system: You are a helpful assistant.
user:
Analyze the provided spectrum to determine if it is a **White Dwarf (WD)**.

A White Dwarf spectrum is defined by its **extreme purity** (due to gravitational settling) and/or **extreme pressure broadening** (due to high surface gravity). You must check for one of the following mutually exclusive signatures:

- **Key Visual Indicators (Check for ONE of these types):**

    - **1. DA-Type Signature (Most Common):**
        - **(Primary Feature):** Extreme pressure broadening (Stark broadening) of the **Hydrogen (H) Balmer lines**.
        - **(Key Lines):** $H\beta$ (approx. $4861$ Å) and $H\gamma$ (approx. $4340$ Å). $H\alpha$ (approx. $6563$ Å) will also be present if the wavelength range covers it.
        - **(Line Profile):** This is the **defining feature**. The lines are **NOT** sharp. They appear as massive, **extremely broad and deep "troughs" or "dips"** in the spectrum, often hundreds of Ångströms wide. The continuum will appear to "scoop" down at these wavelengths.
        - **(Distinction):** Normal A-type or B-type stars have *narrow* and *sharp* Hydrogen lines. A DA White Dwarf's lines are unmistakably "smeared" or "blurry" from pressure.

    - **2. DB-Type Signature:**
        - **(Primary Feature):** Broad absorption lines from **Neutral Helium (He I)**. The spectrum must lack any visible Hydrogen lines.
        - **(Key Lines):** Look for broad absorption near $4471$ Å, $4921$ Å, and $5876$ Å.
        - **(Line Profile):** These lines are also significantly pressure-broadened, appearing much wider than they would in a normal B-type main-sequence star.

    - **3. DC-Type Signature:**
        - **(Primary Feature):** A **featureless continuous spectrum**.
        - **(Line Profile):** The spectrum is a smooth curve with **no significant absorption or emission lines**.
        - **(Key Confirmation):** The continuum is almost always **blue or white**, indicating a hot object. This signature implies the atmosphere is so pure (or so cool) that no spectral lines are visible in the optical range. Its WD identity is confirmed by its extremely low intrinsic brightness (high absolute magnitude).

    - **4. DZ-Type Signature (Metal-Polluted):**
        - **(Primary Feature):** **Isolated, narrow metal absorption lines** on an otherwise featureless (DC-like) continuum.
        - **(Key Lines):** The **Calcium (Ca II) H & K doublet** (approx. **$3934$ Å** and **$3968$ Å**) is the most common and defining feature.
        - **(Line Profile):** These lines are "out of place." They are *not* part of a "forest" of thousands of lines. This signature is evidence of recent *accretion* (pollution) from rocky debris.
        - **(Distinction):** Normal G/K/M stars have a *dense forest* of thousands of metal lines. A DZ has a *clean* continuum with *only a few* strong metal lines.

    - **5. DQ-Type Signature (Carbon-Polluted):**
        - **(Primary Feature):** Absorption bands from **Carbon (C₂ "Swan Bands" or atomic C I)**.
        - **(Key Lines - C₂):** Look for bandheads with a "saw-tooth" shape near $5635$ Å, **$5165$ Å** (strongest), and $4737$ Å.
        - **(Key Confirmation):** The underlying **continuum must be blue or white** (hot).
        - **(Distinction):** This is the critical difference from a **Carbon Star**, which has the *exact same* C₂ bands but on an extremely **red, cool** continuum.

- **(Overall Spectrum):**
    - The continuum (overall shape) is typically **blue-sloping** (brighter in the blue than the red), as most white dwarfs are very hot.
    - The spectrum will look "pure" or "simple," dominated by only *one* of the five signatures listed above.

Think first, call **spectral_visualization_tool** if needed to examine features in detail, then provide your final answer. Your response must adhere to the following strict rules:
1.  **Overall Structure:** Your response must follow the format `<think>...</think> <tool_call>...</tool_call> (if a tool is used) <answer>...</answer>`.
2.  **Tool Usage Constraint:** You may only make **one** tool call per turn.
3.  **Final Answer Format:** In the `<answer>` tag, your conclusion must be inside a `\boxed{}` command (e.g., `\boxed{YES}` or `\boxed{NO}`), followed by your justification.

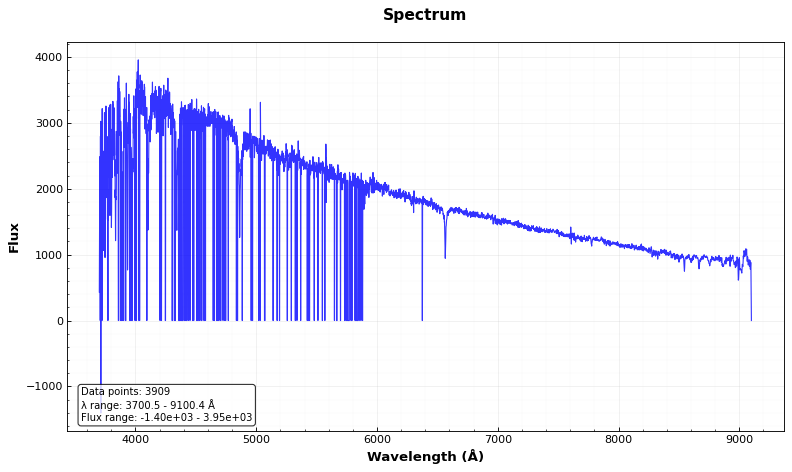
Answer: NO